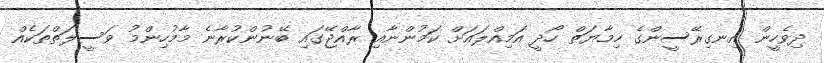
ދިވެހީން އިނގިރޭސީންގެ ހިމާޔަތް ހޯދީ އަމިއްލައަށް ކަމުންނާއި ރާއްޖޭގައި ބޭނުންކުރާނެ މާމުހިންމު ވަސީލަތްތަކެއް